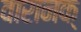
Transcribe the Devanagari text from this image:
वारानक्